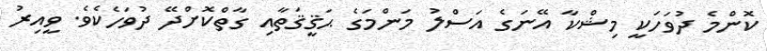
ކޮންމެ ދުވަހަކީ މިޝްކާ އޭނަގެ އަސްލު މަންމަގެ ޙަޤީޤަތާއި ގާތްކޮށްދޭ ދުވަހެކެވެ. ވީއިރު